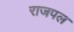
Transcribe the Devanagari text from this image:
राजपल